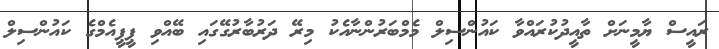
ރައީސް ޔާމީނަށް ތާއީދުކުރައްވާ ކައުންސިލް މެމްބަރުންނާއެކު މިރޭ ދަރުބާރުގޭގައި ބޭއްވި ޕީޕީއެމްގެ ކައުންސިލް